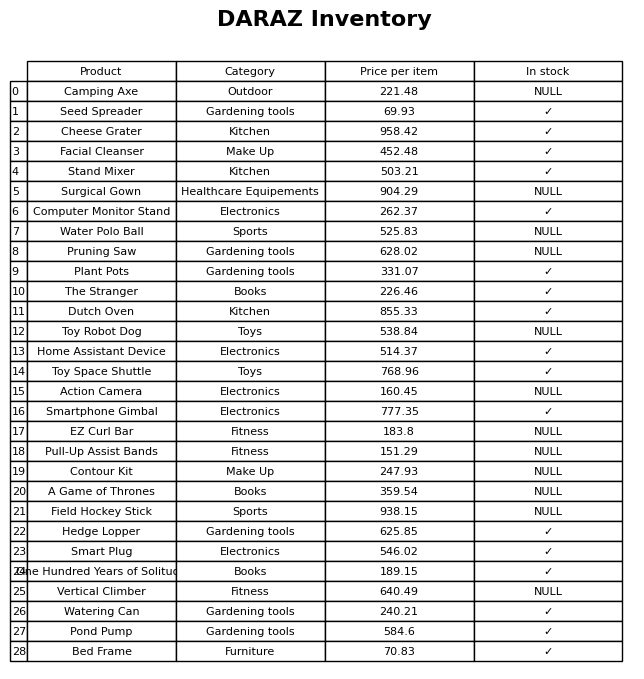
question: Is the Smartphone Gimbal in stock?
answer: ✓